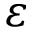
\varepsilon